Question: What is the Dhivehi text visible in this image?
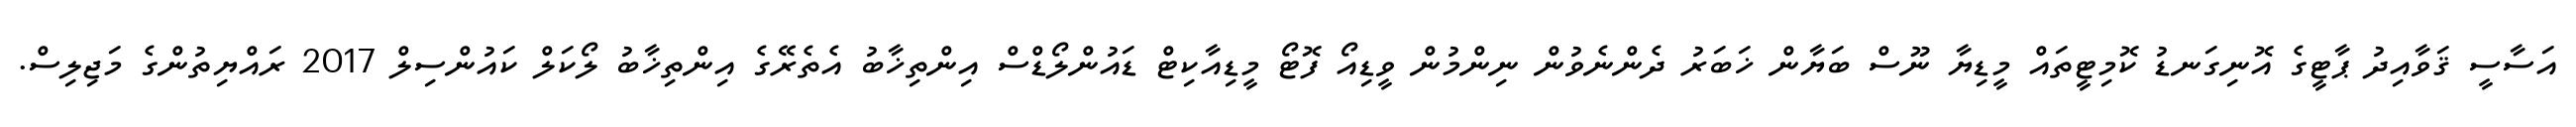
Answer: އަސާސީ ޤަވާއިދު ޕާޓީގެ އޮނިގަނޑު ކޮމިޓީތައް މީޑިޔާ ނޫސް ބަޔާން ޚަބަރު ދެންނެވުން ނިންމުން ވީޑިއޯ ފޮޓޯ މީޑިއާކިޓް ޑައުންލޯޑްސް އިންތިޚާބު އެތެރޭގެ އިންތިޚާބު ލޯކަލް ކައުންސިލް 2017 ރައްޔިތުންގެ މަޖިލިސް.